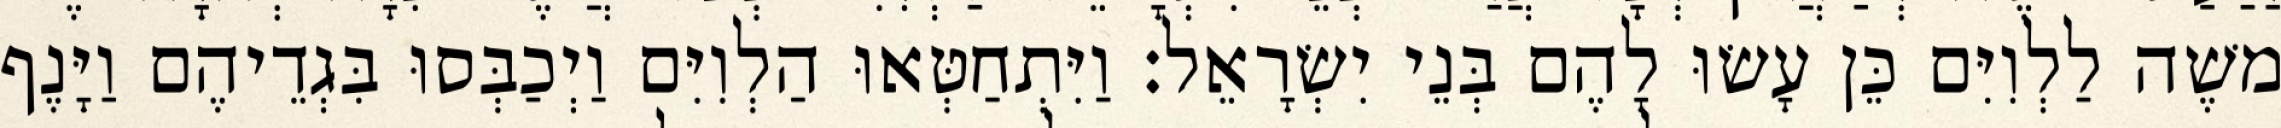
משֶׁה לַלְוִיִּם כֵּן עָשׂוּ לָהֶם בְּנֵי יִשְׂרָאֵל׃ וַיִּתְחַטְּאוּ הַלְוִיִּם וַיְכַבְּסוּ בִּגְדֵיהֶם וַיָּנֶף